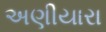
અણીયારા